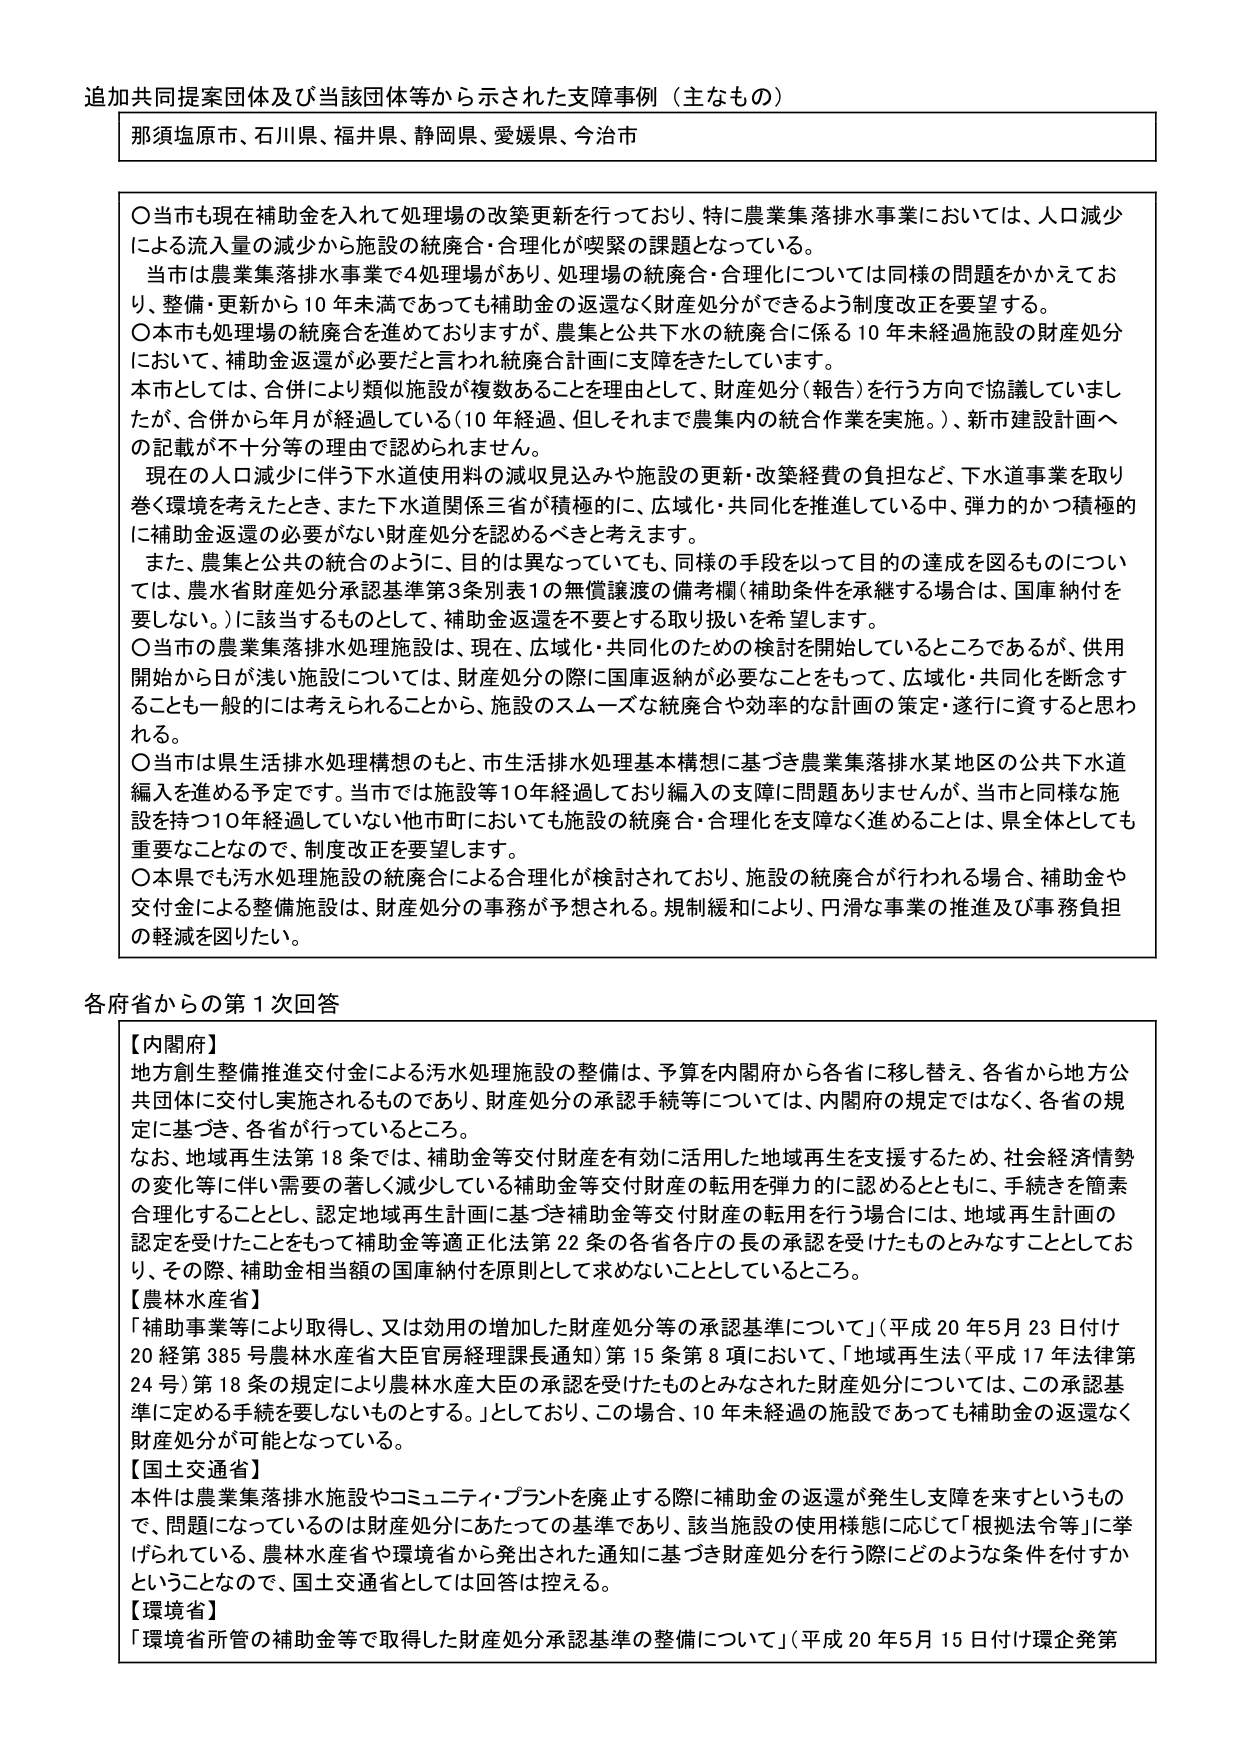
追加共同提案団体及び当該団体等から示された支障事例（主なもの）

那須塩原市、石川県、福井県、静岡県、愛媛県、今治市

〇当市も現在補助金を入れて処理場の改築更新を行っており、特に農業集落排水事業においては、人口減少による流入量の減少から施設の統廃合・合理化が喫緊の課題となっている。
当市は農業集落排水事業で4処理場があり、処理場の統廃合・合理化については同様の問題をかかえており、整備・更新から10年未満であっても補助金の返還なく財産処分ができるよう制度改正を要望する。
〇本市も処理場の統廃合を進めておりますが、農集と公共下水の統廃合に係る10年未経過施設の財産処分において、補助金返還が必要だと言われ統廃合計画に支障をきたしています。
本市としては、合併により類似施設が複数あることを理由として、財産処分（報告）を行う方向で協議していましが、合併から年月が経過している（10年経過、但しそれまで農集内の統合作業を実施。）、新市建設計画への記載が不十分等の理由で認められません。
現在の人口減少に伴う下水道使用料の減収見込みや施設の更新・改築経費の負担など、下水道事業を取り巻く環境を考えたとき、また下水道関係三省が積極的に、広域化・共同化を推進している中、弾力的かつ積極的に補助金返還の必要がない財産処分を認めるべきと考えます。
また、農集と公共の統合のように、目的は異なっていても、同様の手段を以って目的の達成を図るものについては、農水省財産処分承認基準第3条別表1の無償譲渡の備考欄（補助条件を承継する場合は、国庫納付を要しない。）に該当するものとして、補助金返還を不要とする取り扱いを希望します。
〇当市の農業集落排水処理施設は、現在、広域化・共同化のための検討を開始しているところであるが、供用開始から日が浅い施設については、財産処分の際に国庫返納が必要なことをもって、広域化・共同化を断念することも一般的には考えられることから、施設のスムーズな統廃合や効率的な計画の策定・遂行に資すると思われる。
〇当市は県生活排水処理構想のもと、市生活排水処理基本構想に基づき農業集落排水某地区の公共下水道編入を進める予定です。当市では施設等10年経過しており編入の支障に問題ありませんが、当市と同様な施設を持つ10年経過していない他市町においても施設の統廃合・合理化を支障なく進めることは、県全体としても重要なことなので、制度改正を要望します。
〇本県でも汚水処理施設の統廃合による合理化が検討されており、施設の統廃合が行われる場合、補助金や交付金による整備施設は、財産処分の事務が予想される。規制緩和により、円滑な事業の推進及び事務負担の軽減を図りたい。

各府省からの第1次回答

【内閣府】
地方創生整備推進交付金による汚水処理施設の整備は、予算を内閣府から各省に移し替え、各省から地方公共団体に交付し実施されるものであり、財産処分の承認手続等については、内閣府の規定ではなく、各省の規定に基づき、各省が行っているところ。
なお、地域再生法第18条では、補助金等交付財産を有効に活用した地域再生を支援するため、社会経済情勢の変化等に伴い需要の著しく減少している補助金等交付財産の転用を弾力的に認めるとともに、手続きを簡素合理化することとし、認定地域再生計画に基づき補助金等交付財産の転用を行う場合には、地域再生計画の認定を受けたことをもって補助金等適正化法第22条の各省各庁の長の承認を受けたものとみなすこととしており、その際、補助金相当額の国庫納付を原則として求めないこととしているところ。

【農林水産省】
「補助事業等により取得し、又は効用の増加した財産処分等の承認基準について」（平成20年5月23日付け20経第385号農林水産省大臣官房経理課長通知）第15条第8項において、「地域再生法（平成17年法律第24号）第18条の規定により農林水産大臣の承認を受けたものとみなされた財産処分については、この承認基準に定める手続を要しないものとする。」としており、この場合、10年未経過の施設であっても補助金の返還なく財産処分が可能となっている。

【国土交通省】
本件は農業集落排水施設やコミュニティ・プラントを廃止する際に補助金の返還が発生し支障を来すというもので、問題になっているのは財産処分にあたっての基準であり、該当施設の使用様態に応じて「根拠法令等」に挙げられている。農林水産省や環境省から発出された通知に基づき財産処分を行う際にどのような条件を付すかということなので、国土交通省としては回答は控える。

【環境省】
「環境省所管の補助金等で取得した財産処分承認基準の整備について」（平成20年5月15日付け環企発第